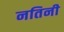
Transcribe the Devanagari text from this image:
नतिनी